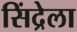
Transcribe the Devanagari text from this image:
सिंद्रेला